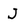
Character: J